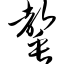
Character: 罄